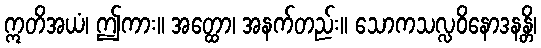
ဣတိအယံ၊ ဤကား။ အတ္ထော၊ အနက်တည်း။ သောကသလ္လဝိနောဒနန္တိ၊